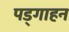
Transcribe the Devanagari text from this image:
पड्गाहन